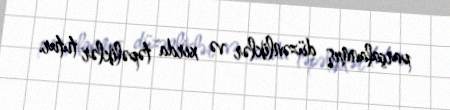
parçalanmış düzənliklər və xırda təpəliklər tutur.